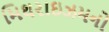
મિથરાઇઝમનો